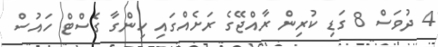
4 ދުވަސް 8 ގަޑި ކުރިން ރާއްޖޭގެ ރަށެއްގައި ހިންގާ ގެސްޓް ހައުސް